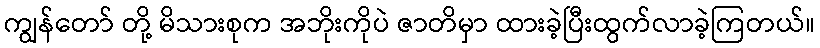
ကျွန်တော် တို့ မိသားစုက အဘိုးကိုပဲ ဇာတိမှာ ထားခဲ့ပြီးထွက်လာခဲ့ကြတယ်။